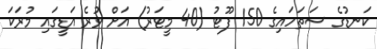
ކަނޑުގެ ސަތަހައިގެ 150 ފޫޓު (40 މީޓަރު) އަށް ވުރެ އަޑީގައި މުރަކަ